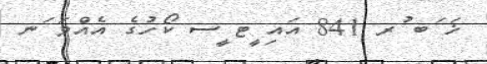
ޚަ ަބ ުރ 841 އައި ީޓ ީސ ކޯހުގެ އެއްވަ ަނ